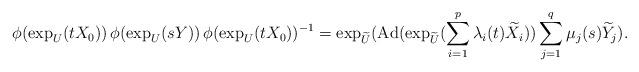
LaTeX: \begin{align*}\phi( \exp_U (t X_0)) \, \phi( \exp_U (s Y)) \, \phi( \exp_U (t X_0))^{-1}= \exp_{\widetilde{U}} ({\rm Ad}(\exp_{\widetilde{U}} ( \sum_{i=1}^p \lambda_i (t) \widetilde{X}_i)) \sum_{j=1}^q \mu_j (s) \widetilde{Y}_j).\end{align*}